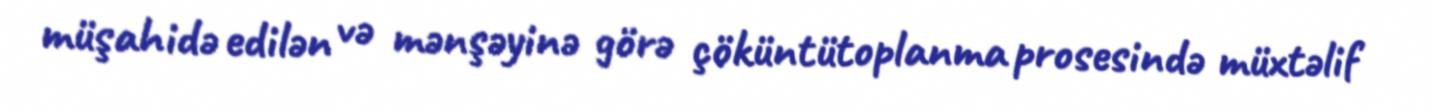
müşahidə edilən və mənşəyinə görə çöküntütoplanma prosesində müxtəlif